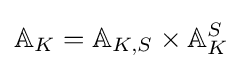
\mathbb {A} _{K}=\mathbb {A} _{K,S}\times \mathbb {A} _{K}^{S}